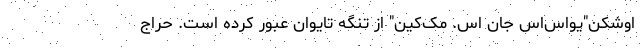
اوشکن‌"یواس‌اس جان اس. مک‌کین" از تنگه تایوان عبور کرده است. حراج